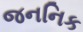
જનનિક